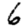
Digit: 6